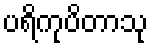
ပရိကုပိတာသု